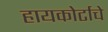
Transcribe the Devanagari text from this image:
हायकोर्टाचे